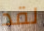
لقد